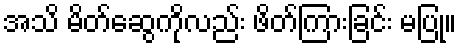
အသိ မိတ်ဆွေကိုလည်း ဖိတ်ကြားခြင်း မပြု။